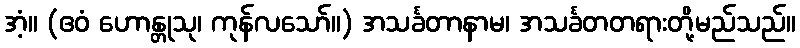
အံ့။ (ဧဝံ ဟောန္တုသု၊ ကုန်လသော်။) အသင်္ခတာနာမ၊ အသင်္ခတတရားတို့မည်သည်။